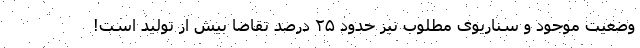
وضعیت موجود و سناریوی مطلوب نیز حدود ۲۵ درصد تقاضا بیش از تولید است!